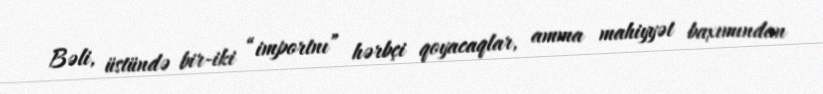
Bəli, üstündə bir-iki “importnı” hərbçi qoyacaqlar, amma mahiyyət baxımından